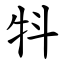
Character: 㸯